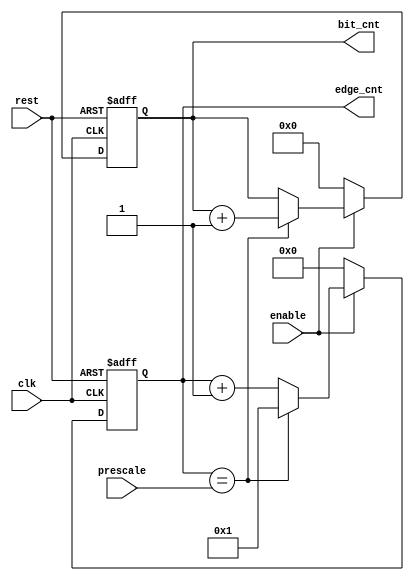
module edge_bit_counter(
input wire clk,
input wire rest,
input wire enable,
input wire [4:0] prescale,
output reg[4:0] edge_cnt,
output reg [3:0] bit_cnt
);


always@(posedge clk , negedge rest )
begin 
     if(!rest)
	         begin
			    edge_cnt<= 5'b0;
				bit_cnt <= 4'b0;
			 end
	else if(enable)
	         begin
			    edge_cnt <= edge_cnt + 1 ;
		     
			if(edge_cnt==prescale)
			  begin
			     edge_cnt <= 5'b1 ;
			     bit_cnt <= bit_cnt + 1;
			  end
              end			
            else   
              begin
			    edge_cnt<= 5'b0;
				bit_cnt <= 4'b0;
			 end
end
endmodule